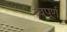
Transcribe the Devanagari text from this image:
त्वपूर्ण